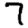
Digit: 7